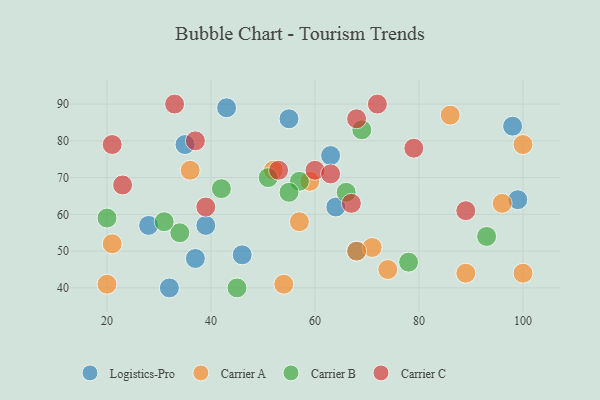
{"axis": {"x": "GDP", "y": "Life Expectancy"}, "legend": ["Carrier A", "Carrier B", "Carrier C", "Logistics-Pro"], "data": [{"x": "32", "y": 40, "type": "Logistics-Pro"}, {"x": "28", "y": 57, "type": "Logistics-Pro"}, {"x": "39", "y": 57, "type": "Logistics-Pro"}, {"x": "35", "y": 79, "type": "Logistics-Pro"}, {"x": "46", "y": 49, "type": "Logistics-Pro"}, {"x": "99", "y": 64, "type": "Logistics-Pro"}, {"x": "98", "y": 84, "type": "Logistics-Pro"}, {"x": "55", "y": 86, "type": "Logistics-Pro"}, {"x": "37", "y": 48, "type": "Logistics-Pro"}, {"x": "64", "y": 62, "type": "Logistics-Pro"}, {"x": "68", "y": 50, "type": "Logistics-Pro"}, {"x": "43", "y": 89, "type": "Logistics-Pro"}, {"x": "63", "y": 76, "type": "Logistics-Pro"}, {"x": "57", "y": 58, "type": "Carrier A"}, {"x": "74", "y": 45, "type": "Carrier A"}, {"x": "52", "y": 72, "type": "Carrier A"}, {"x": "86", "y": 87, "type": "Carrier A"}, {"x": "96", "y": 63, "type": "Carrier A"}, {"x": "89", "y": 44, "type": "Carrier A"}, {"x": "59", "y": 69, "type": "Carrier A"}, {"x": "54", "y": 41, "type": "Carrier A"}, {"x": "36", "y": 72, "type": "Carrier A"}, {"x": "71", "y": 51, "type": "Carrier A"}, {"x": "100", "y": 79, "type": "Carrier A"}, {"x": "68", "y": 50, "type": "Carrier A"}, {"x": "21", "y": 52, "type": "Carrier A"}, {"x": "20", "y": 41, "type": "Carrier A"}, {"x": "100", "y": 44, "type": "Carrier A"}, {"x": "34", "y": 55, "type": "Carrier B"}, {"x": "20", "y": 59, "type": "Carrier B"}, {"x": "93", "y": 54, "type": "Carrier B"}, {"x": "31", "y": 58, "type": "Carrier B"}, {"x": "57", "y": 69, "type": "Carrier B"}, {"x": "78", "y": 47, "type": "Carrier B"}, {"x": "69", "y": 83, "type": "Carrier B"}, {"x": "45", "y": 40, "type": "Carrier B"}, {"x": "51", "y": 70, "type": "Carrier B"}, {"x": "66", "y": 66, "type": "Carrier B"}, {"x": "55", "y": 66, "type": "Carrier B"}, {"x": "42", "y": 67, "type": "Carrier B"}, {"x": "21", "y": 79, "type": "Carrier C"}, {"x": "37", "y": 80, "type": "Carrier C"}, {"x": "60", "y": 72, "type": "Carrier C"}, {"x": "89", "y": 61, "type": "Carrier C"}, {"x": "67", "y": 63, "type": "Carrier C"}, {"x": "33", "y": 90, "type": "Carrier C"}, {"x": "63", "y": 71, "type": "Carrier C"}, {"x": "53", "y": 72, "type": "Carrier C"}, {"x": "68", "y": 86, "type": "Carrier C"}, {"x": "23", "y": 68, "type": "Carrier C"}, {"x": "72", "y": 90, "type": "Carrier C"}, {"x": "39", "y": 62, "type": "Carrier C"}, {"x": "79", "y": 78, "type": "Carrier C"}]}